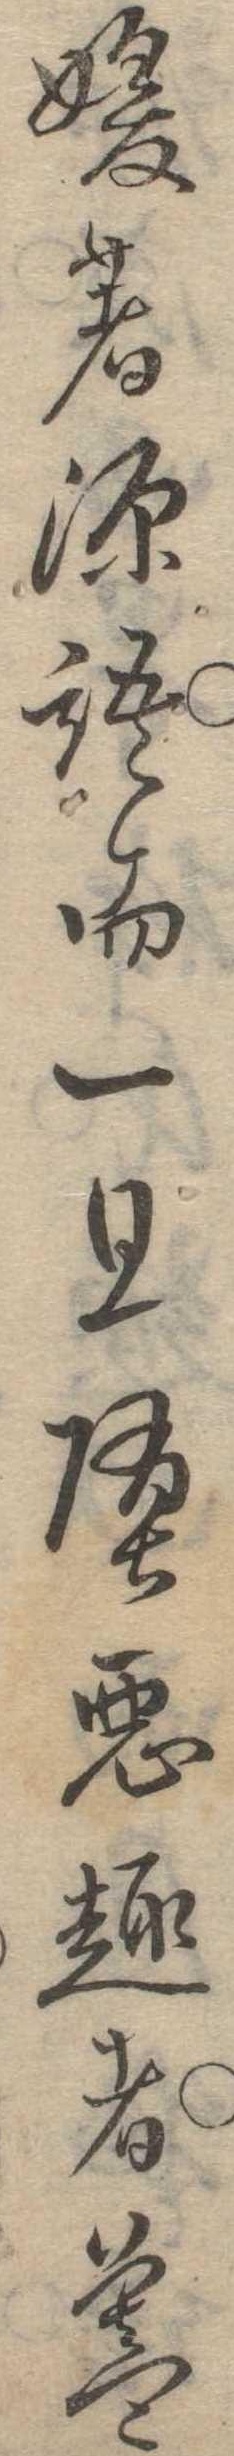
媛著源語而一旦堕悪趣者蓋